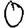
Digit: 0